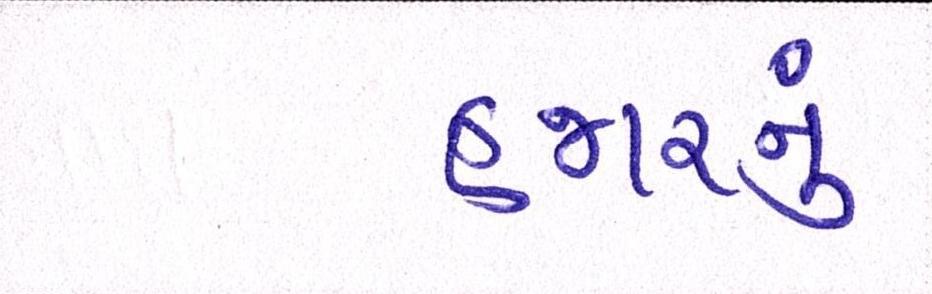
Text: હજારનું